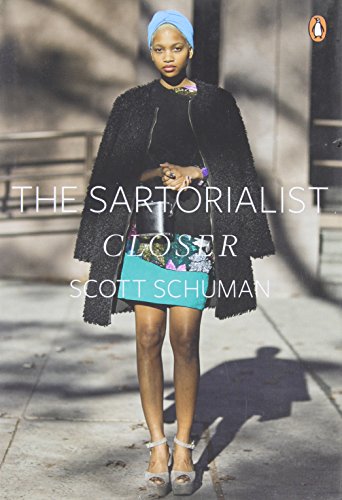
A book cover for The Sartorialist: Closer; Scott Schuman; Humor & Entertainment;